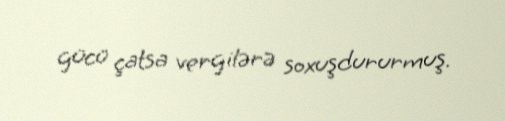
gücü çatsa vergilərə soxuşdururmuş.